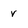
Character: v